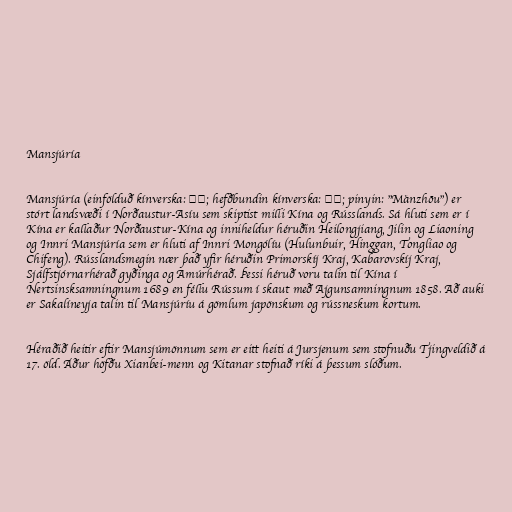
Mansjúría

Mansjúría (einfölduð kínverska: 满洲; hefðbundin kínverska: 滿洲; pinyin: "Mǎnzhōu") er
stórt landsvæði í Norðaustur-Asíu sem skiptist milli Kína og Rússlands. Sá hluti sem er í
Kína er kallaður Norðaustur-Kína og inniheldur héruðin Heilongjiang, Jilin og Liaoning
og Innri Mansjúría sem er hluti af Innri Mongólíu (Hulunbuir, Hinggan, Tongliao og
Chifeng). Rússlandsmegin nær það yfir héruðin Primorskíj Kraj, Kabarovskíj Kraj,
Sjálfstjórnarhérað gyðinga og Amúrhérað. Þessi héruð voru talin til Kína í
Nertsinsksamningnum 1689 en féllu Rússum í skaut með Ajgunsamningnum 1858. Að auki
er Sakalíneyja talin til Mansjúríu á gömlum japönskum og rússneskum kortum.

Héraðið heitir eftir Mansjúmönnum sem er eitt heiti á Jursjenum sem stofnuðu Tjingveldið á
17. öld. Áður höfðu Xianbei-menn og Kitanar stofnað ríki á þessum slóðum.